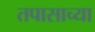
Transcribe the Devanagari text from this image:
तपासाच्या